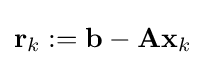
\mathbf {r} _{k}:=\mathbf {b} -\mathbf {Ax} _{k}